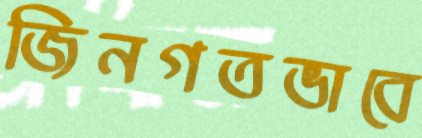
জিনগতভাবে